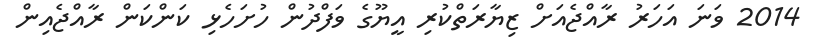
2014 ވަނަ އަހަރު ރާއްޖެއަށް ޒިޔާރަތްކުރި އީޔޫގެ ވަފްދުން ހުށަހެޅި ކަންކަން ރާއްޖެއިން